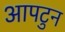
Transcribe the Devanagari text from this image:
आपटुन